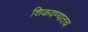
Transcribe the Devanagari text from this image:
शिकवण्यातच